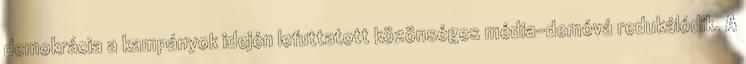
demokrácia a kampányok idején lefuttatott közönséges média-demóvá redukálódik. A